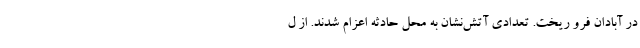
در آبادان فرو ریخت. تعدادی آتش‌نشان به محل حادثه اعزام شدند. از ل